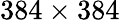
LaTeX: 384\times 384